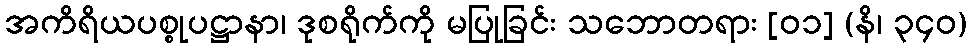
အကိရိယပစ္စုပဋ္ဌာနာ၊ ဒုစရိုက်ကို မပြုခြင်း သဘောတရား [၀၁] (နိ၊ ၃၄၀)